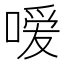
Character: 嗳